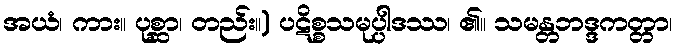
အယံ၊ ကား။ ပုစ္ဆာ၊ တည်း။) ပဋိစ္စသမုပ္ပါဒဿ၊ ၏။ သမန္တဘဒ္ဒကတ္တာ၊